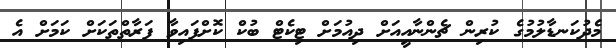
މެދުކަނޑާލުމުގެ ކުރިން ޗެންނާއީއަށް ދިއުމަށް ޓިކެޓް ބުކް ކޮށްފައިވާ ފަރާތްތަކަށް ކަަމަށް އެ